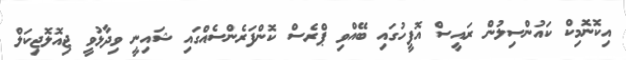
އިކޮނޮމިކް ކައުންސިލުން ރައީސް އޮފީހުގައި ބޭއްވި ޕްރެސް ކޮންފަރެންސެއްގައި ޝައިނީ ވިދާޅުވީ ޖިއޮލޮޖިކަލް